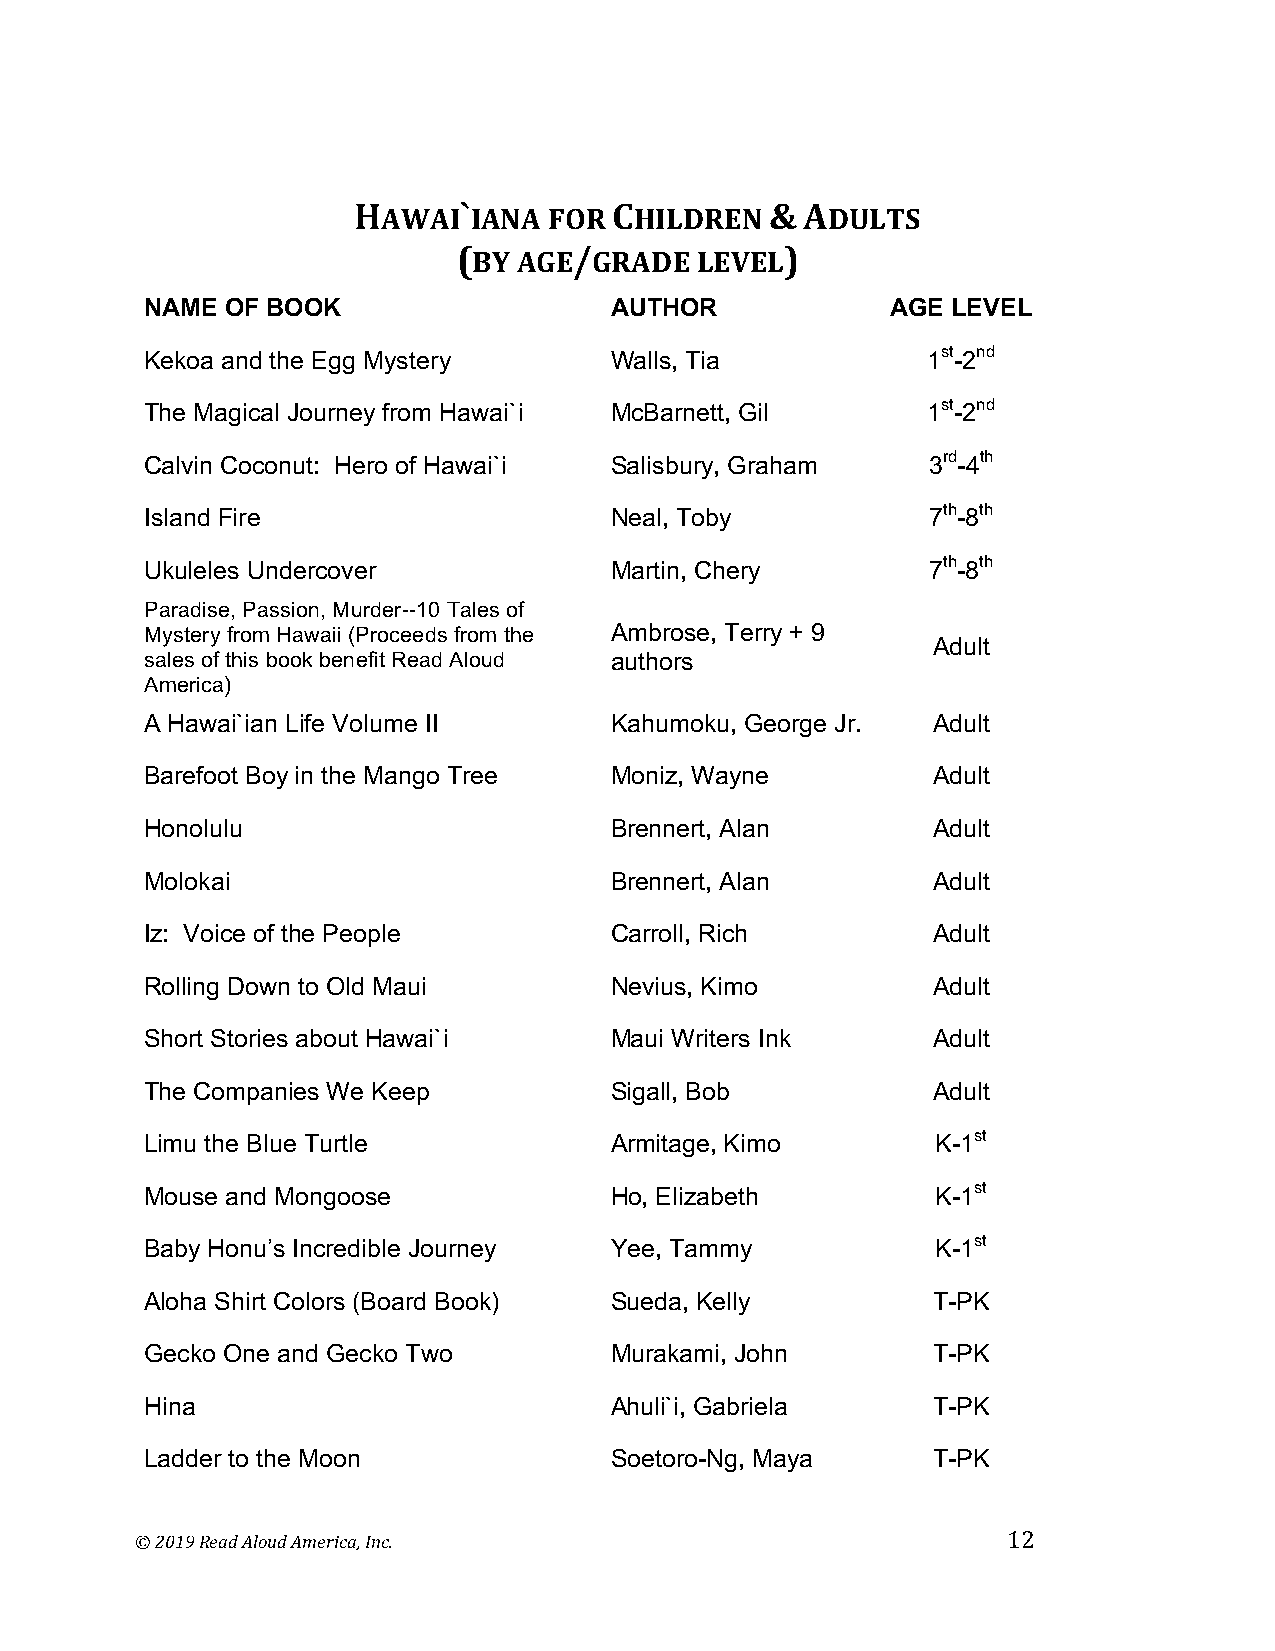
HAWAI`IANA   FOR  CHILDREN  & ADULTS
 (BY AGE/GRADE   LEVEL)
 NAME OF BOOK                  AUTHOR             AGE LEVEL
 Kekoa and the Egg Mystery     Walls, Tia           1st-2nd
 The Magical Journey from Hawai`i McBarnett, Gil    1st-2nd
 Calvin Coconut: Hero of Hawai`i Salisbury, Graham  3rd-4th
 Island Fire                   Neal, Toby            7th-8th
 Ukuleles Undercover           Martin, Chery         7th-8th
 Paradise, Passion, Murder--10 Tales of
 Mystery from Hawaii (Proceeds from the Ambrose, Terry + 9
 Adult
 sales of this book benefit Read Aloud authors
 America)
 A Hawai`ian Life Volume II    Kahumoku, George Jr.  Adult
 Barefoot Boy in the Mango Tree Moniz, Wayne         Adult
 Honolulu                      Brennert, Alan        Adult
 Molokai                       Brennert, Alan        Adult
 Iz: Voice of the People       Carroll, Rich         Adult
 Rolling Down to Old Maui      Nevius, Kimo          Adult
 Short Stories about Hawai`i   Maui Writers Ink      Adult
 The Companies We Keep         Sigall, Bob           Adult
 Limu the Blue Turtle          Armitage, Kimo        K-1st
 Mouse and Mongoose            Ho, Elizabeth         K-1st
 Baby Honu’s Incredible Journey Yee, Tammy           K-1st
 Aloha Shirt Colors (Board Book) Sueda, Kelly        T-PK
 Gecko One and Gecko Two       Murakami, John        T-PK
 Hina                          Ahuli`i, Gabriela     T-PK
 Ladder to the Moon            Soetoro-Ng, Maya      T-PK
 © 2019 Read Aloud America, Inc.                           12